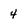
Character: 4